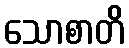
သောစာတိ